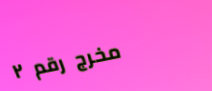
مخرج رقم ٢